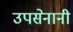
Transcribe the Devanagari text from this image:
उपसेनानी